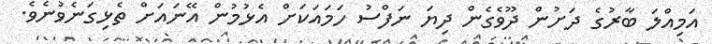
އަމިއްލަ ބާރުގެ ދަށުން ދޫވެގެން ދިޔަ ނަފްސު ހަމައަކަށް އެޅުމުން އޭނައަށް ތެޅިގަނެވުނެވެ.